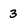
Character: 3